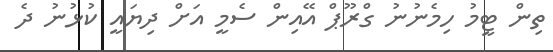
ތިން ޓީމު ހިމެނުނު ގްރޫޕް އޭއިން ސެމީ އަށް ދިޔައީ ކުޅުނު ދެ